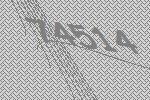
74514